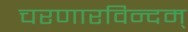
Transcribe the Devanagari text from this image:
चरणारविन्दम्